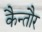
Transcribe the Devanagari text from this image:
कैन्तौर